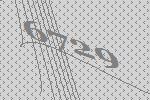
6729